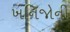
ખનિજોની